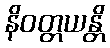
နိဝတ္တယန္တိ